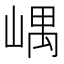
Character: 嵎